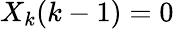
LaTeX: {X}_{k}(k-1)=0